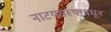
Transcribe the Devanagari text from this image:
नाटयसंस्थामधून